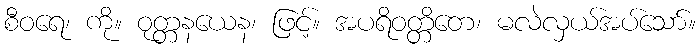
စီဝရေ၊ ကို။ ဝုတ္တနယေန၊ ဖြင့်။ အပရိဝတ္တိတေ၊ မလဲလှယ်အပ်သော်။